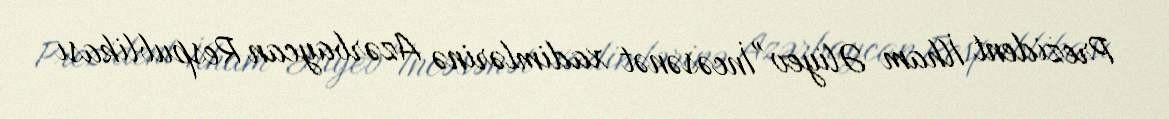
Prezident İlham Əliyev "İncəsənət xadimlərinə Azərbaycan Respublikası